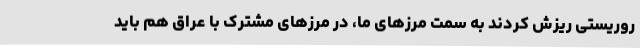
روریستی ریزش کردند به سمت مرزهای ما، در مرزهای مشترک با عراق هم باید